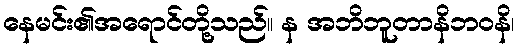
နေမင်း၏အရောင်တို့သည်။ န အဘိဘူတာနိဘဝနိ၊